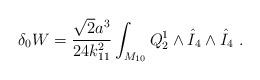
LaTeX: \begin{align*}\delta_0 W = {\sqrt 2 a^3 \over 24 k_{11}^2 } \int_{M_{10}} Q_2^1 \wedge {\hat I}_4 \wedge {\hat I}_4 \ . \end{align*}